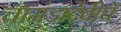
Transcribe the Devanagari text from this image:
चामुंडादेवीचे